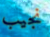
نجيب